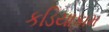
કડિયાકામ